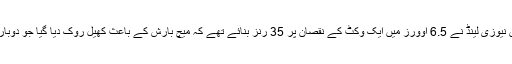
ہدف کے تعاقب میں نیوزی لینڈ نے 6.5 اوورز میں ایک وکٹ کے نقصان پر 35 رنز بنائے تھے کہ میچ بارش کے باعث کھیل روک دیا گیا جو دوبارہ شروع نہ ہو سکا۔